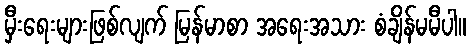
မှီးရေးများဖြစ်လျက် မြန်မာစာ အရေးအသား စံချိန်မမီပါ။